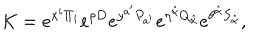
K = e ^ { { x ^ { i } } \Pi _ { i } } e ^ { \rho D } e ^ { y ^ { a ^ { \prime } } P _ { a ^ { \prime } } } e ^ { \eta ^ { \hat { \alpha } } Q _ { \hat { \alpha } } } e ^ { \theta ^ { \hat { \alpha } } S _ { \hat { \alpha } } } ,